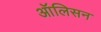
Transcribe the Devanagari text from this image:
ऑलिसन